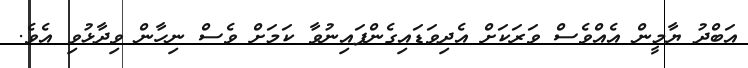
އަބްދު ޔާމީން އެއްވެސް ވަރަކަށް އެދިވަޑައިގެންފައިނުވާ ކަމަށް ވެސް ނިހާން ވިދާޅުވި އެވެ.